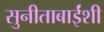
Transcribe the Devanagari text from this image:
सुनीताबाईंशी